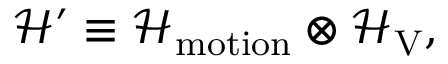
\mathcal { H } ^ { \prime } \equiv \mathcal { H } _ { \mathrm { m o t i o n } } \otimes \mathcal { H } _ { \mathrm { V } } ,